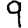
Digit: 9